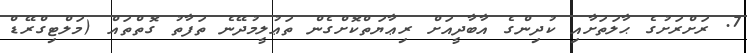
7. ރަށްރަށުގެ ޙާލަތަށާއި ކުދިންގެ އާބާދީއަށް ރިޢާޔަތްކޮށްގެން ތަޢުލީމުދޭނެ ތަފާތު ގޮތްތައް (މަލްޓިގްރޭޑް